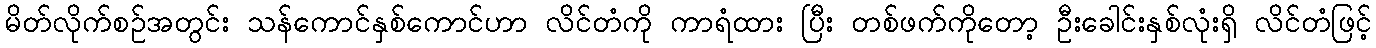
မိတ်လိုက်စဉ်အတွင်း သန်ကောင်နှစ်ကောင်ဟာ လိင်တံကို ကာရံထား ပြီး တစ်ဖက်ကိုတော့ ဦးခေါင်းနှစ်လုံးရှိ လိင်တံဖြင့်